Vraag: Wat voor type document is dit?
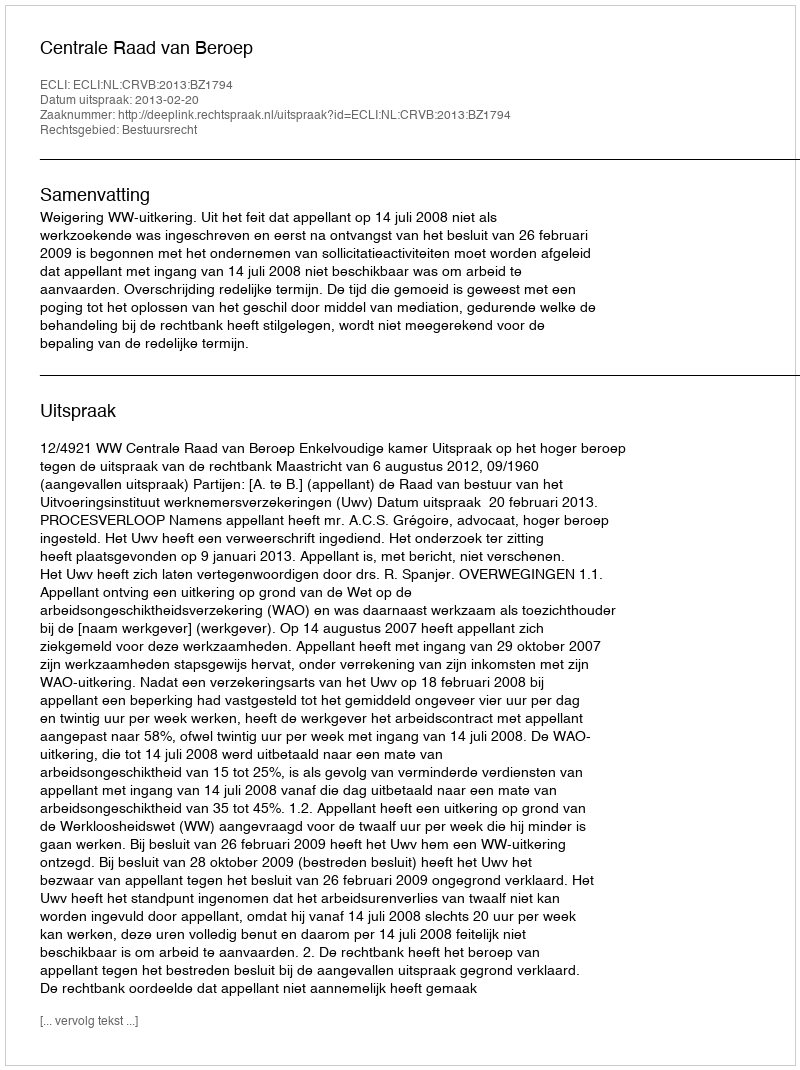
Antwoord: Uitspraak